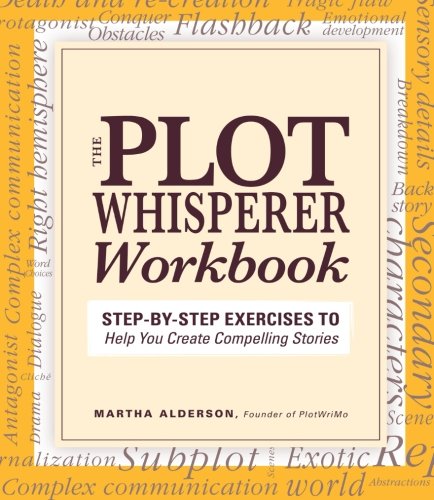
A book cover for Plot Whisperer Workbook: Step-by-Step Exercises to Help You Create Compelling Stories; Martha Alderson; Reference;